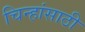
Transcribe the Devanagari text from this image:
चिन्हांसाठी